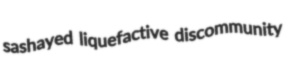
sashayed liquefactive discommunity